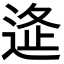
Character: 𨓧